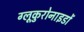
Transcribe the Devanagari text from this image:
ग्लूकुरोनाइडों